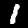
Digit: 1